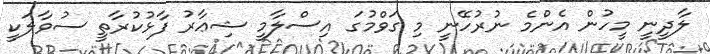
ލާދީނީ މީހުން އެންމެ ނުރުހޭނީ މި ގަވްމުގަ އިސްލާމީ ޝިޢާރު ފާޅުކުރާތީ ސުވާލަކީ